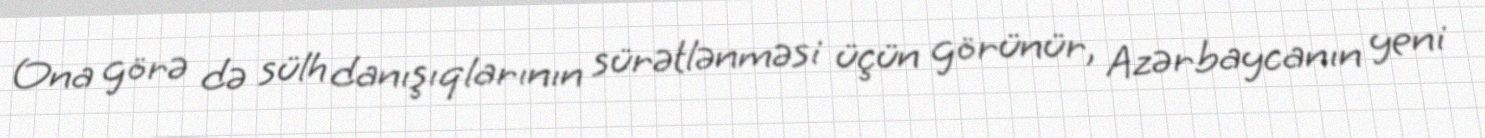
Ona görə də sülh danışıqlarının sürətlənməsi üçün görünür, Azərbaycanın yeni